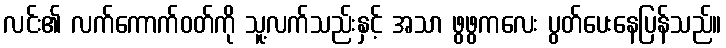
လင်း၏ လက်ကောက်ဝတ်ကို သူ့လက်သည်းနှင့် အသာ ဖွဖွကလေး ပွတ်ပေးနေပြန်သည်။